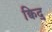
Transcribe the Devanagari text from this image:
क्विद्